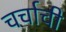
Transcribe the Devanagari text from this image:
चर्चाची